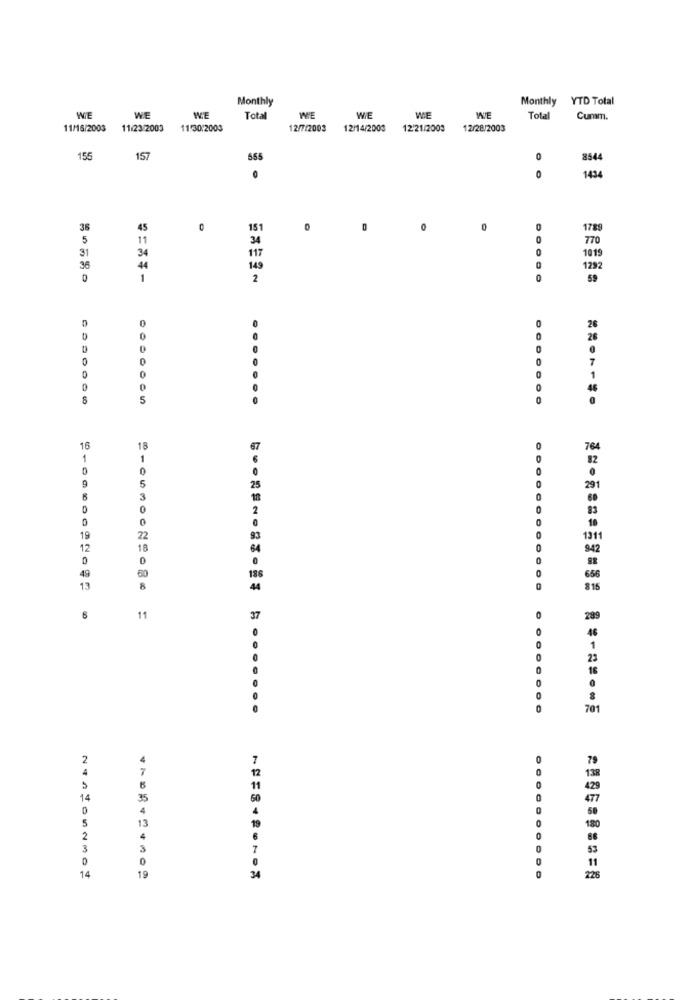
Monthly
Monthly
YTD Total
WIE
WE
WE
Total
WE
WIE
WE
WE
Total
Cumm.
11/16/2003
11/23/2003
11:30.2003
12/7/2003
12/14/2003
12/21/2003
12/28/2003
155
157
555
0
8544
1434
0
36
45
151
0
1789
5
11
34
0
770
31
34
O
1019
36
44
1292
1
2
0
59
0
26
26
0
0
7
0
1
D
46
5
.......
0
16
18
1
1
0
0
25
9
5
291
3
18
0
0
0
0
19
22
1311
12
18
64
942
0
60
186
49
656
13
8
4
815
11
37
289
O
1
23
18
701
2
12
14
35
13
80
2
3
7
53
11
14
19
34
226